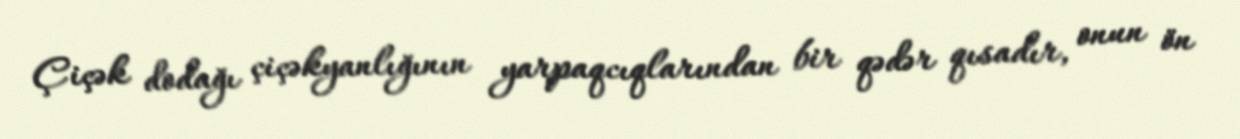
Çiçək dodağı çiçəkyanlığının yarpaqcıqlarından bir qədər qısadır, onun ön